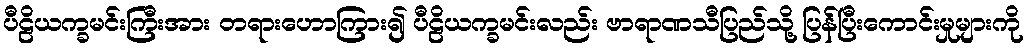
ပီဠိယက္ခမင်းကြီးအား တရားဟောကြား၍ ပီဠိယက္ခမင်းလည်း ဗာရာဏသီပြည်သို့ ပြန်ပြီးကောင်းမှုများကို